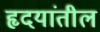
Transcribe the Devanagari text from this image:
हृदयांतील